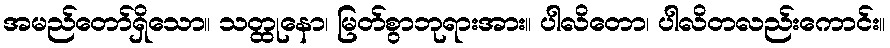
အမည်တော်ရှိသော။ သတ္ထုနော၊ မြတ်စွာဘုရားအား။ ပါလိတော၊ ပါလိတလည်းကောင်း။